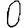
Digit: 0